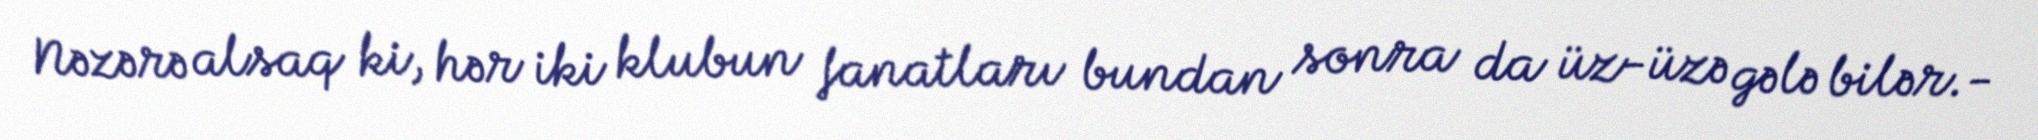
Nəzərə alsaq ki, hər iki klubun fanatları bundan sonra da üz-üzə gələ bilər.-